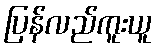
ပြန်လည်ကူးယူ